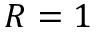
R = 1